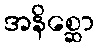
အနိစ္ဆော